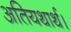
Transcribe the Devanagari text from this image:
अतियथार्थ।